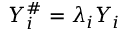
Y _ { i } ^ { \# } = \lambda _ { i } Y _ { i }